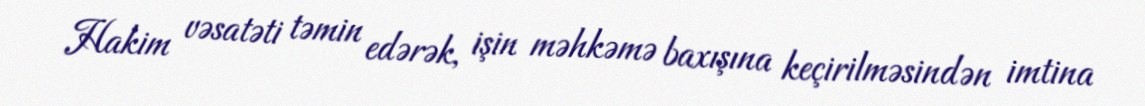
Hakim vəsatəti təmin edərək, işin məhkəmə baxışına keçirilməsindən imtina